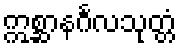
ဣစ္ဆာနင်္ဂလသုတ္တံ